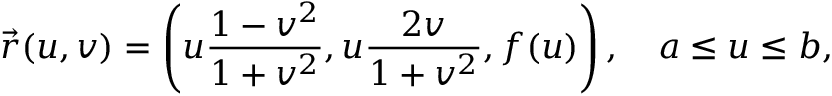
{ \vec { r } } ( u , v ) = \left( u { \frac { 1 - v ^ { 2 } } { 1 + v ^ { 2 } } } , u { \frac { 2 v } { 1 + v ^ { 2 } } } , f ( u ) \right) , \quad a \leq u \leq b ,